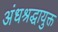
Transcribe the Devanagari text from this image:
अंधश्रद्धायुक्त